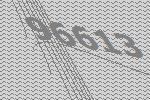
96613